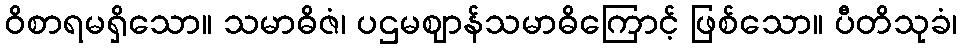
ဝိစာရမရှိသော။ သမာဓိဇံ၊ ပဌမဈာန်သမာဓိကြောင့် ဖြစ်သော။ ပီတိသုခံ၊